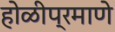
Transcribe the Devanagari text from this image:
होळीप्रमाणे